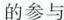
的参与